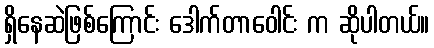
ရှိနေဆဲဖြစ်ကြောင်း ဒေါက်တာဝေါင်း က ဆိုပါတယ်။